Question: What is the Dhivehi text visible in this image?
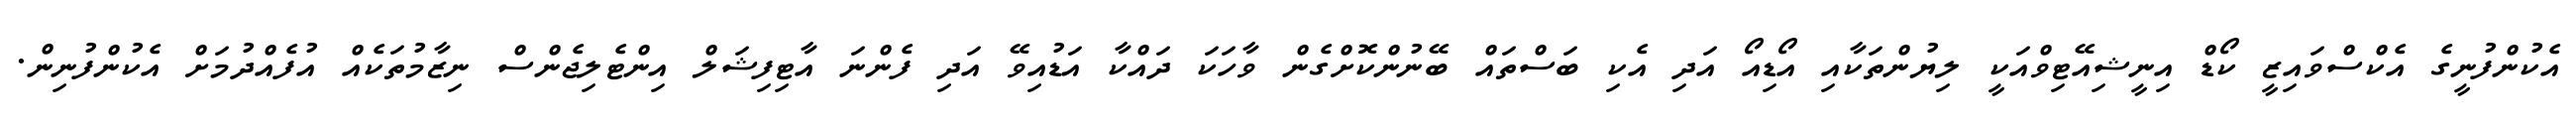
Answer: އެކުންފުނީގެ އެކްސްވައިޒީ ކޯޑް އިނީޝިއޭޓިވްއަކީ ލިޔުންތަކާއި އޯޑިއޯ އަދި އެކި ބަސްތައް ބޭނުންކޮށްގެން ވާހަކަ ދައްކާ އަޑުއިވޭ އަދި ފެންނަ އާޓިފިޝަލް އިންޓެލިޖެންސް ނިޒާމުތަކެއް އުފެއްދުމަށް އެކުންފުނިން.